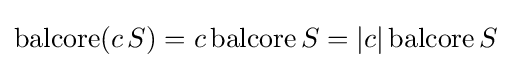
\operatorname {balcore} (c\,S)=c\operatorname {balcore} S=|c|\operatorname {balcore} S